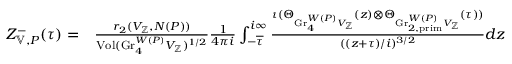
\begin{array} { r l } { Z _ { \mathbb { V } , P } ^ { - } ( \tau ) = } & { \frac { r _ { 2 } ( V _ { \mathbb { Z } } , N ( P ) ) } { \mathrm { V o l } ( \mathrm { G r } _ { 4 } ^ { W ( P ) } V _ { \mathbb { Z } } ) ^ { 1 / 2 } } \frac { 1 } { 4 \pi i } \int _ { - \overline { { \tau } } } ^ { i \infty } \frac { \iota ( \Theta _ { \mathrm { G r } _ { 4 } ^ { W ( P ) } V _ { \mathbb { Z } } } ( z ) \otimes \Theta _ { \mathrm { G r } _ { 2 , \mathrm { p r i m } } ^ { W ( P ) } V _ { \mathbb { Z } } } ( \tau ) ) } { ( ( z + \tau ) / i ) ^ { 3 / 2 } } d z } \end{array}